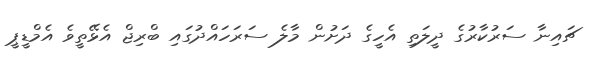
ޗައިނާ ސަރުކާރުގެ ދީލަތި އެހީގެ ދަށުން މާލެ ސަރަހައްދުގައި ބްރިޖް އެޅޭތީވެ އެމްޑީޕީ